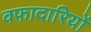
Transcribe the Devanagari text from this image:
वफादारियों